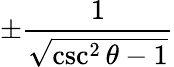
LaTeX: \pm{\frac{1}{\sqrt{\csc^{2}\theta-1}}}